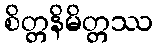
စိတ္တနိမိတ္တဿ